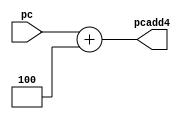
module ADD4 (
    input [31:0] pc,
    output reg [31:0] pcadd4 
);
    always @(*) begin
        pcadd4 = pc + 4;
    end
endmodule